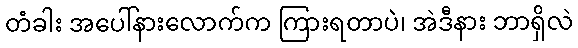
တံခါး အပေါ်နားလောက်က ကြားရတာပဲ၊ အဲဒီနား ဘာရှိလဲ